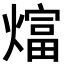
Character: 𬋋